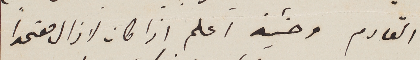
القادم وحينئذ اعلم اذا كان لا زال معتمدا